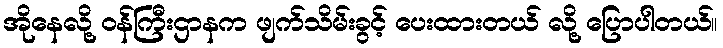
အိုနေလို့ ဝန်ကြီးဌာနက ဖျက်သိမ်းခွင့် ပေးထားတယ် လို့ ပြောပါတယ်။